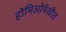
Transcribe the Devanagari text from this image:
होमिओपॅथीत